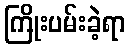
ကြိုးပမ်းခဲ့ရာ